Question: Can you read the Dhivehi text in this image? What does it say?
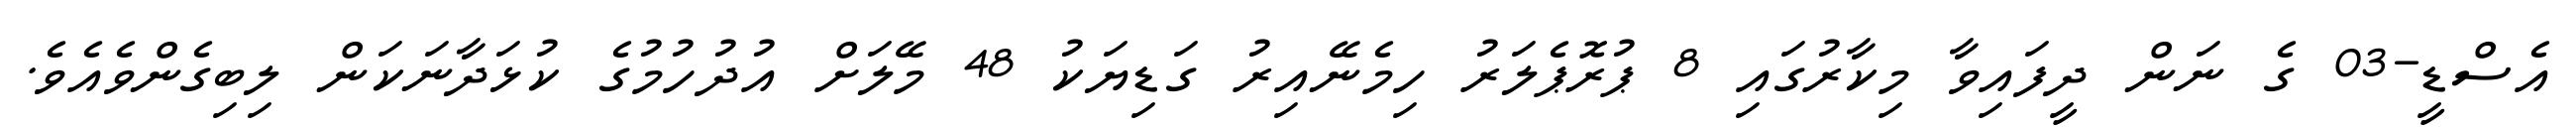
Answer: އެސްޑީ-03 ގެ ނަން ދީފައިވާ މިކާރުގައި 8 ޕުރޮޕެލަރު ހިމެނޭއިރު ގަޑިޔަކު 48 މޭލަށް އުދުހުމުގެ ކުޅަދާނަކަން ލިބިގެންވެއެވެ.